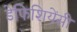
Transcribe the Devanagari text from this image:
डेफिशियेंसी